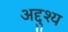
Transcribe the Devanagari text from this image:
अद्दुश्य